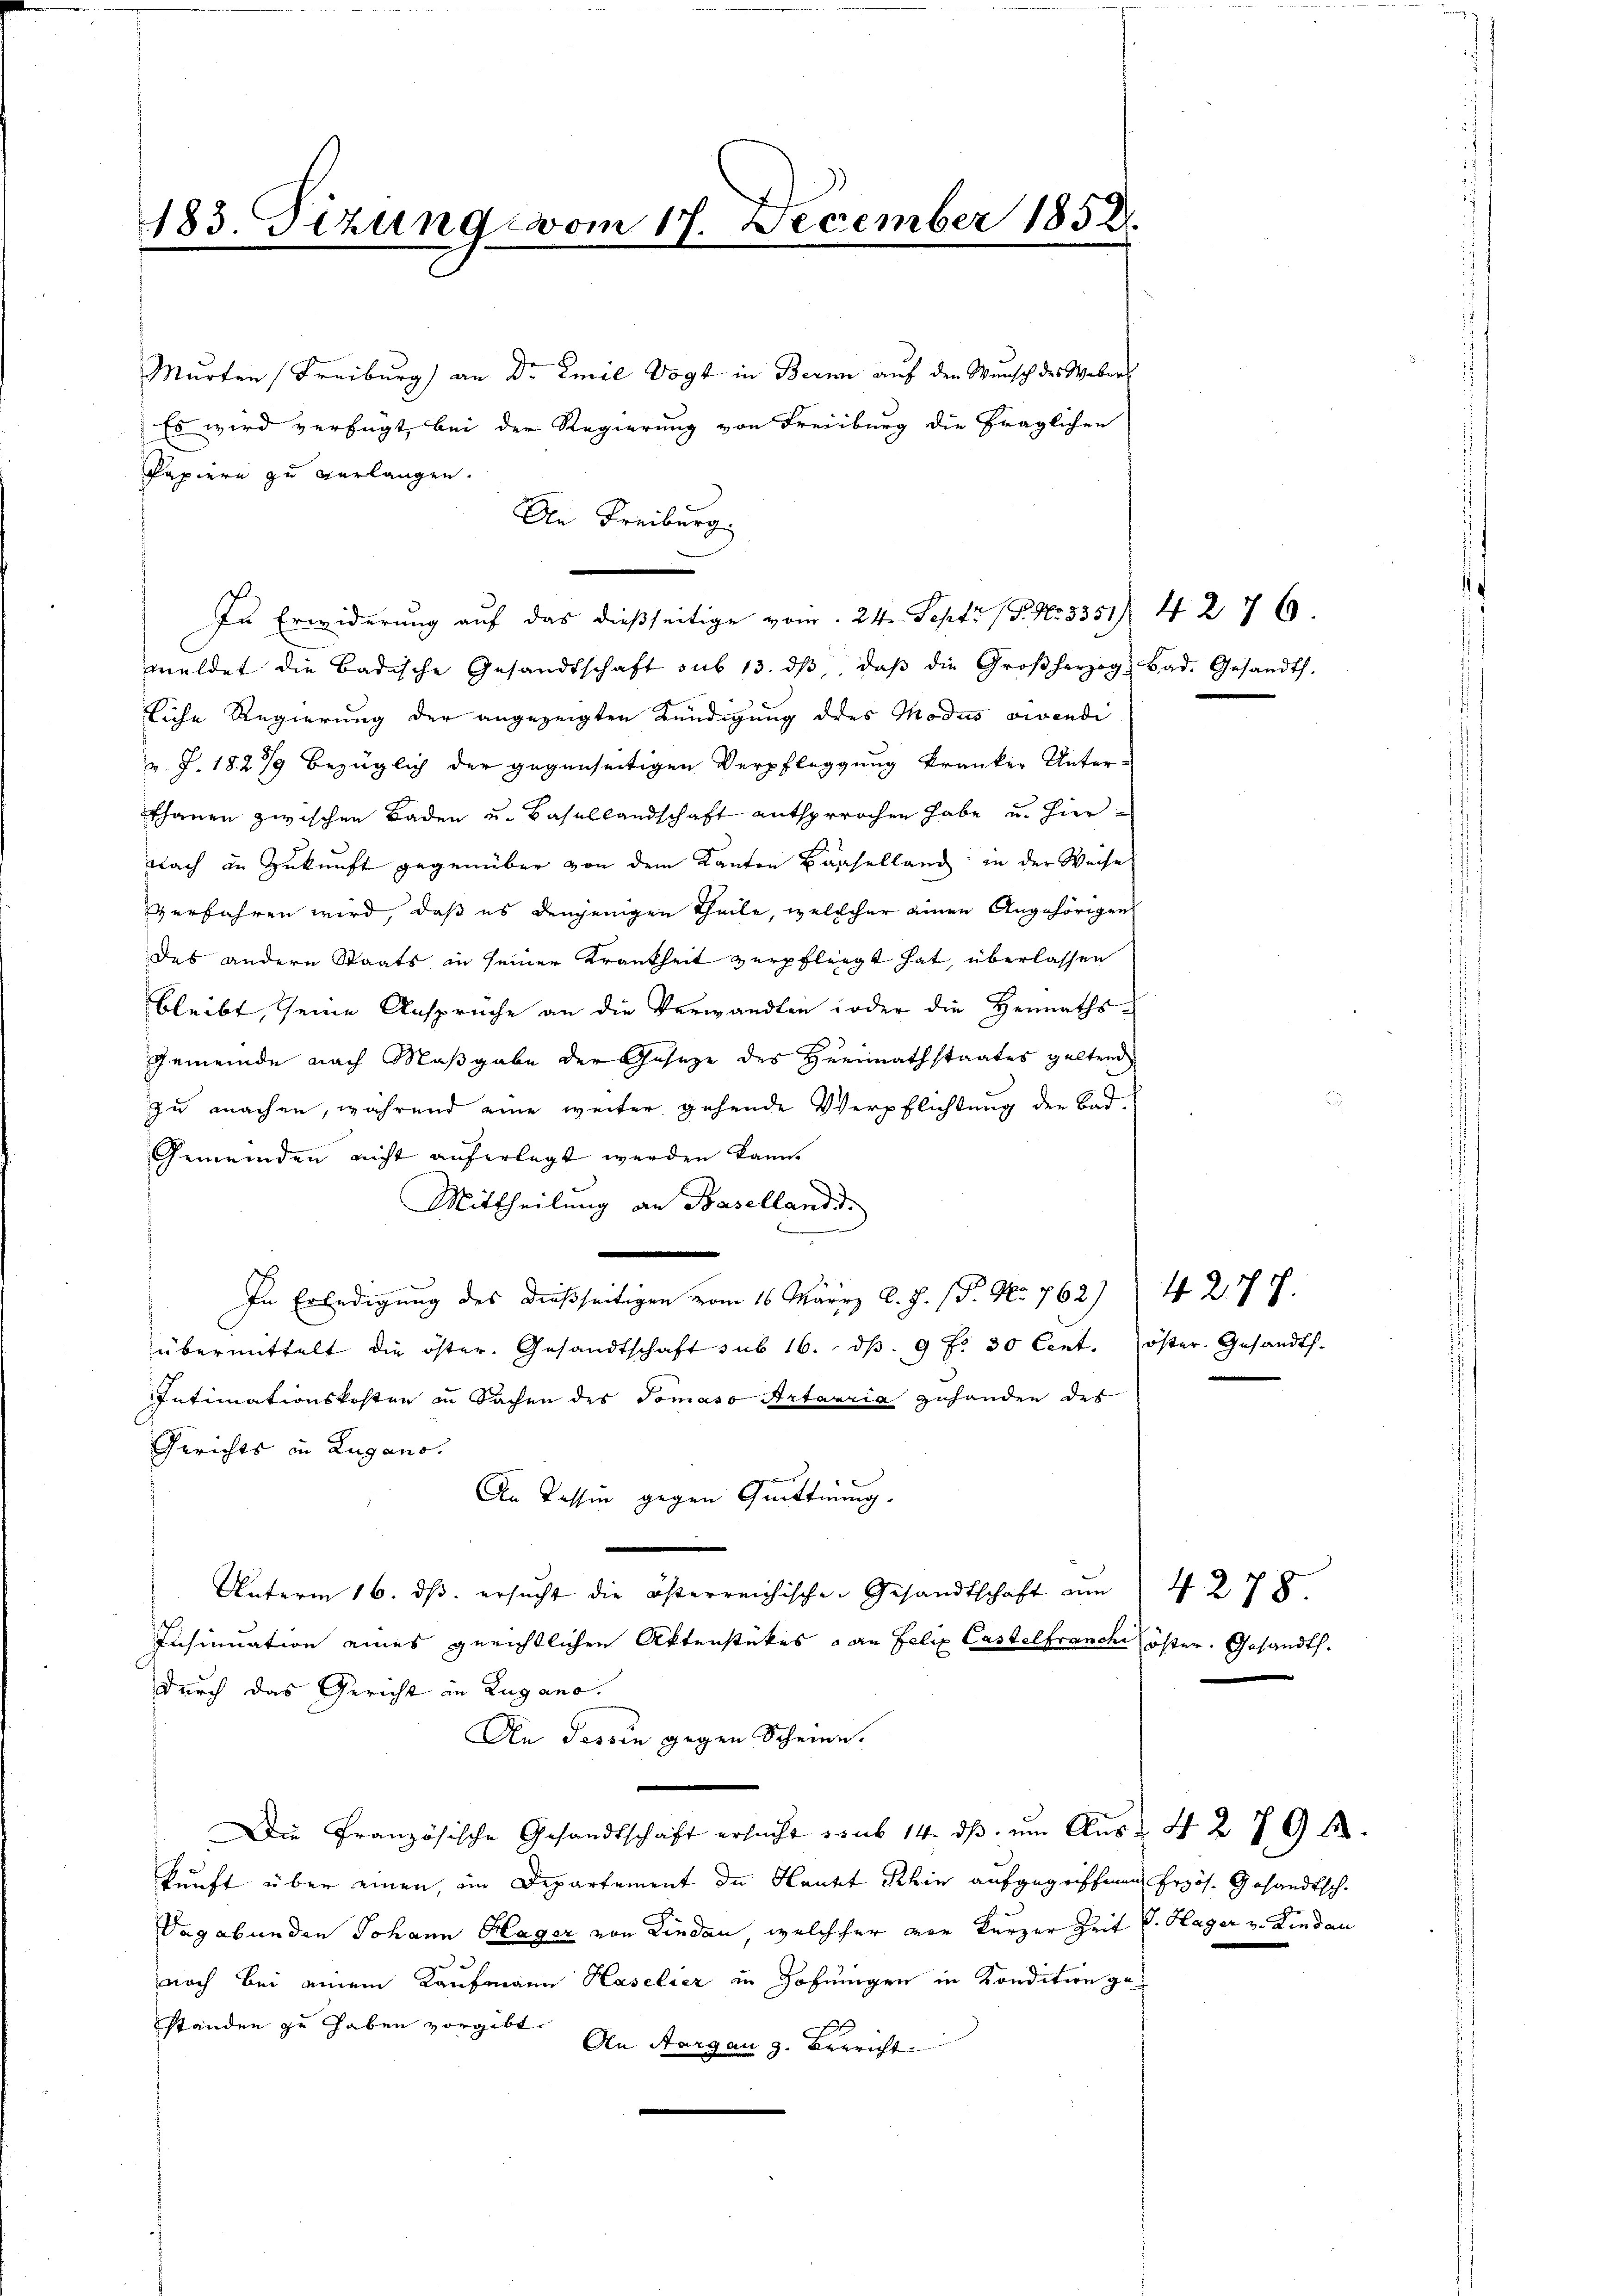
183. Tizung vom 17. December 1858.

Murten Freiburg an Dr Emil Vogt in Bern auf den Wunsch des Webers
Es wird verfügt bei der Regierung von Freiburg die fraglichen
Papiere zu verlangen.
An Freiburg.
In Erwiderung auf das dießseitige vom 24. Sept. (T. No. 3351), 427 6.
meldet die Badische Gesandtschaft sub 13. dβ, daβ die Großherzog Bad. Gesandts.
liche Regierung der angezeigten Kündigung des Modus vivendi
v. J. 1827/9 bezüglich der gegenseitigen Verpflegung kranken Unter-
thanen zwischen Baden u. Basellandschaft entsprochen habe u. hier¬
Nach in Zukunft gegenüber von dem Kanton Baselland in der Weise
verfahren wird, daß es denjenigen Theile, welcheher einen Angehörigen
des andern Staats in seiner Krankheit verpfliegt hat, überlassen
bleibt, seine Anspruche an die Verwandten oder die Heimaths¬
Gemeinde nach Maßgabe der Geseze des Heimathstaates geltend
zu machen, während eine weiter gehende Verpflichtung der Bad¬
Gemeinden nicht auferlegt werden kann.
Mittheilung an Basellandi
In Erledigung des dießseitigen vom 16. März d. J. (T. No. 762) 42. 77.
übermittelt die öster. Gesandtschaft sub 16. dβ. 9 f. 30 Cent. öster. Gesandts.
Intimationskosten in Sachen des Tomaso Artavria zuhanden des
Gerichts in Lugano.
An Kassin gegen Quittung.
Unterm 16. ds. ersucht die österreichischen Gesandtschaft zum
Insinuation eines gerichtlichen Aktenstückes an Felix Castelfranche öster. Gesandts.
durch das Gericht in Lugano.
An Tessin gegen Scheine
Die Französische Gesandtschaft ersucht sub 14. dβ um Aus u. 4 279 f.
kunft über einen, im Departement der Hautet Schin aufgegriffenen Erzös. Gesandtsch.
Vagabunden Johann Hager von Kinden, welcher vor kurzer Zeit v. Hager v. Lindau
noch bei einem Kaufmann Haselier in Hofnungen in Kondition geständen zu haben vorgibt.
An Aargau z. Berricht

4278